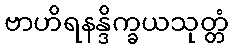
ဗာဟိရနန္ဒိက္ခယသုတ္တံ